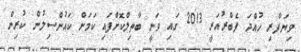
ވިޔަފާރި ހުއްދަ ފެބްރުއަރީ 2013 ގައި ވަނީ ބާތިލްކޮށްފައި ކަމަށް ކައުންސިލުން ކުރިން